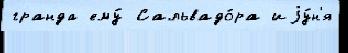
гранда ему́ Сальвадо́ра иjу́н'я